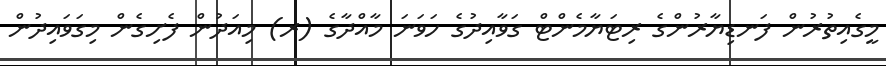
މީގެއިތުރުން ފަނޑިޔާރުންގެ ރިޓަޔާމެންޓް ގަވާއިދުގެ ހަވަނަ މާއްދާގެ (ރ) މިއަދުން ފެށިގެން މިގަވައިދުން